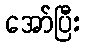
အော်ပြီး